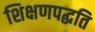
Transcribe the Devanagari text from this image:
शिक्षणपद्धति